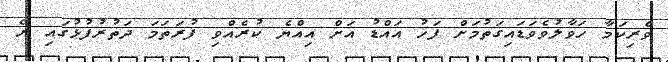
ވެރިކަމާ ހަވާލުވެވަޑައިގަތުމަށް ފަހު އައްޑު އަށް އިއްޔެ ކުރެއްވި ފުރަތަމަ ދަތުރުފުޅުގައި ރޭ